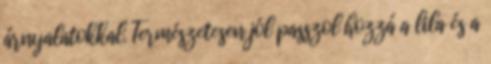
árnyalatokkal. Természetesen jól passzol hozzá a lila és a